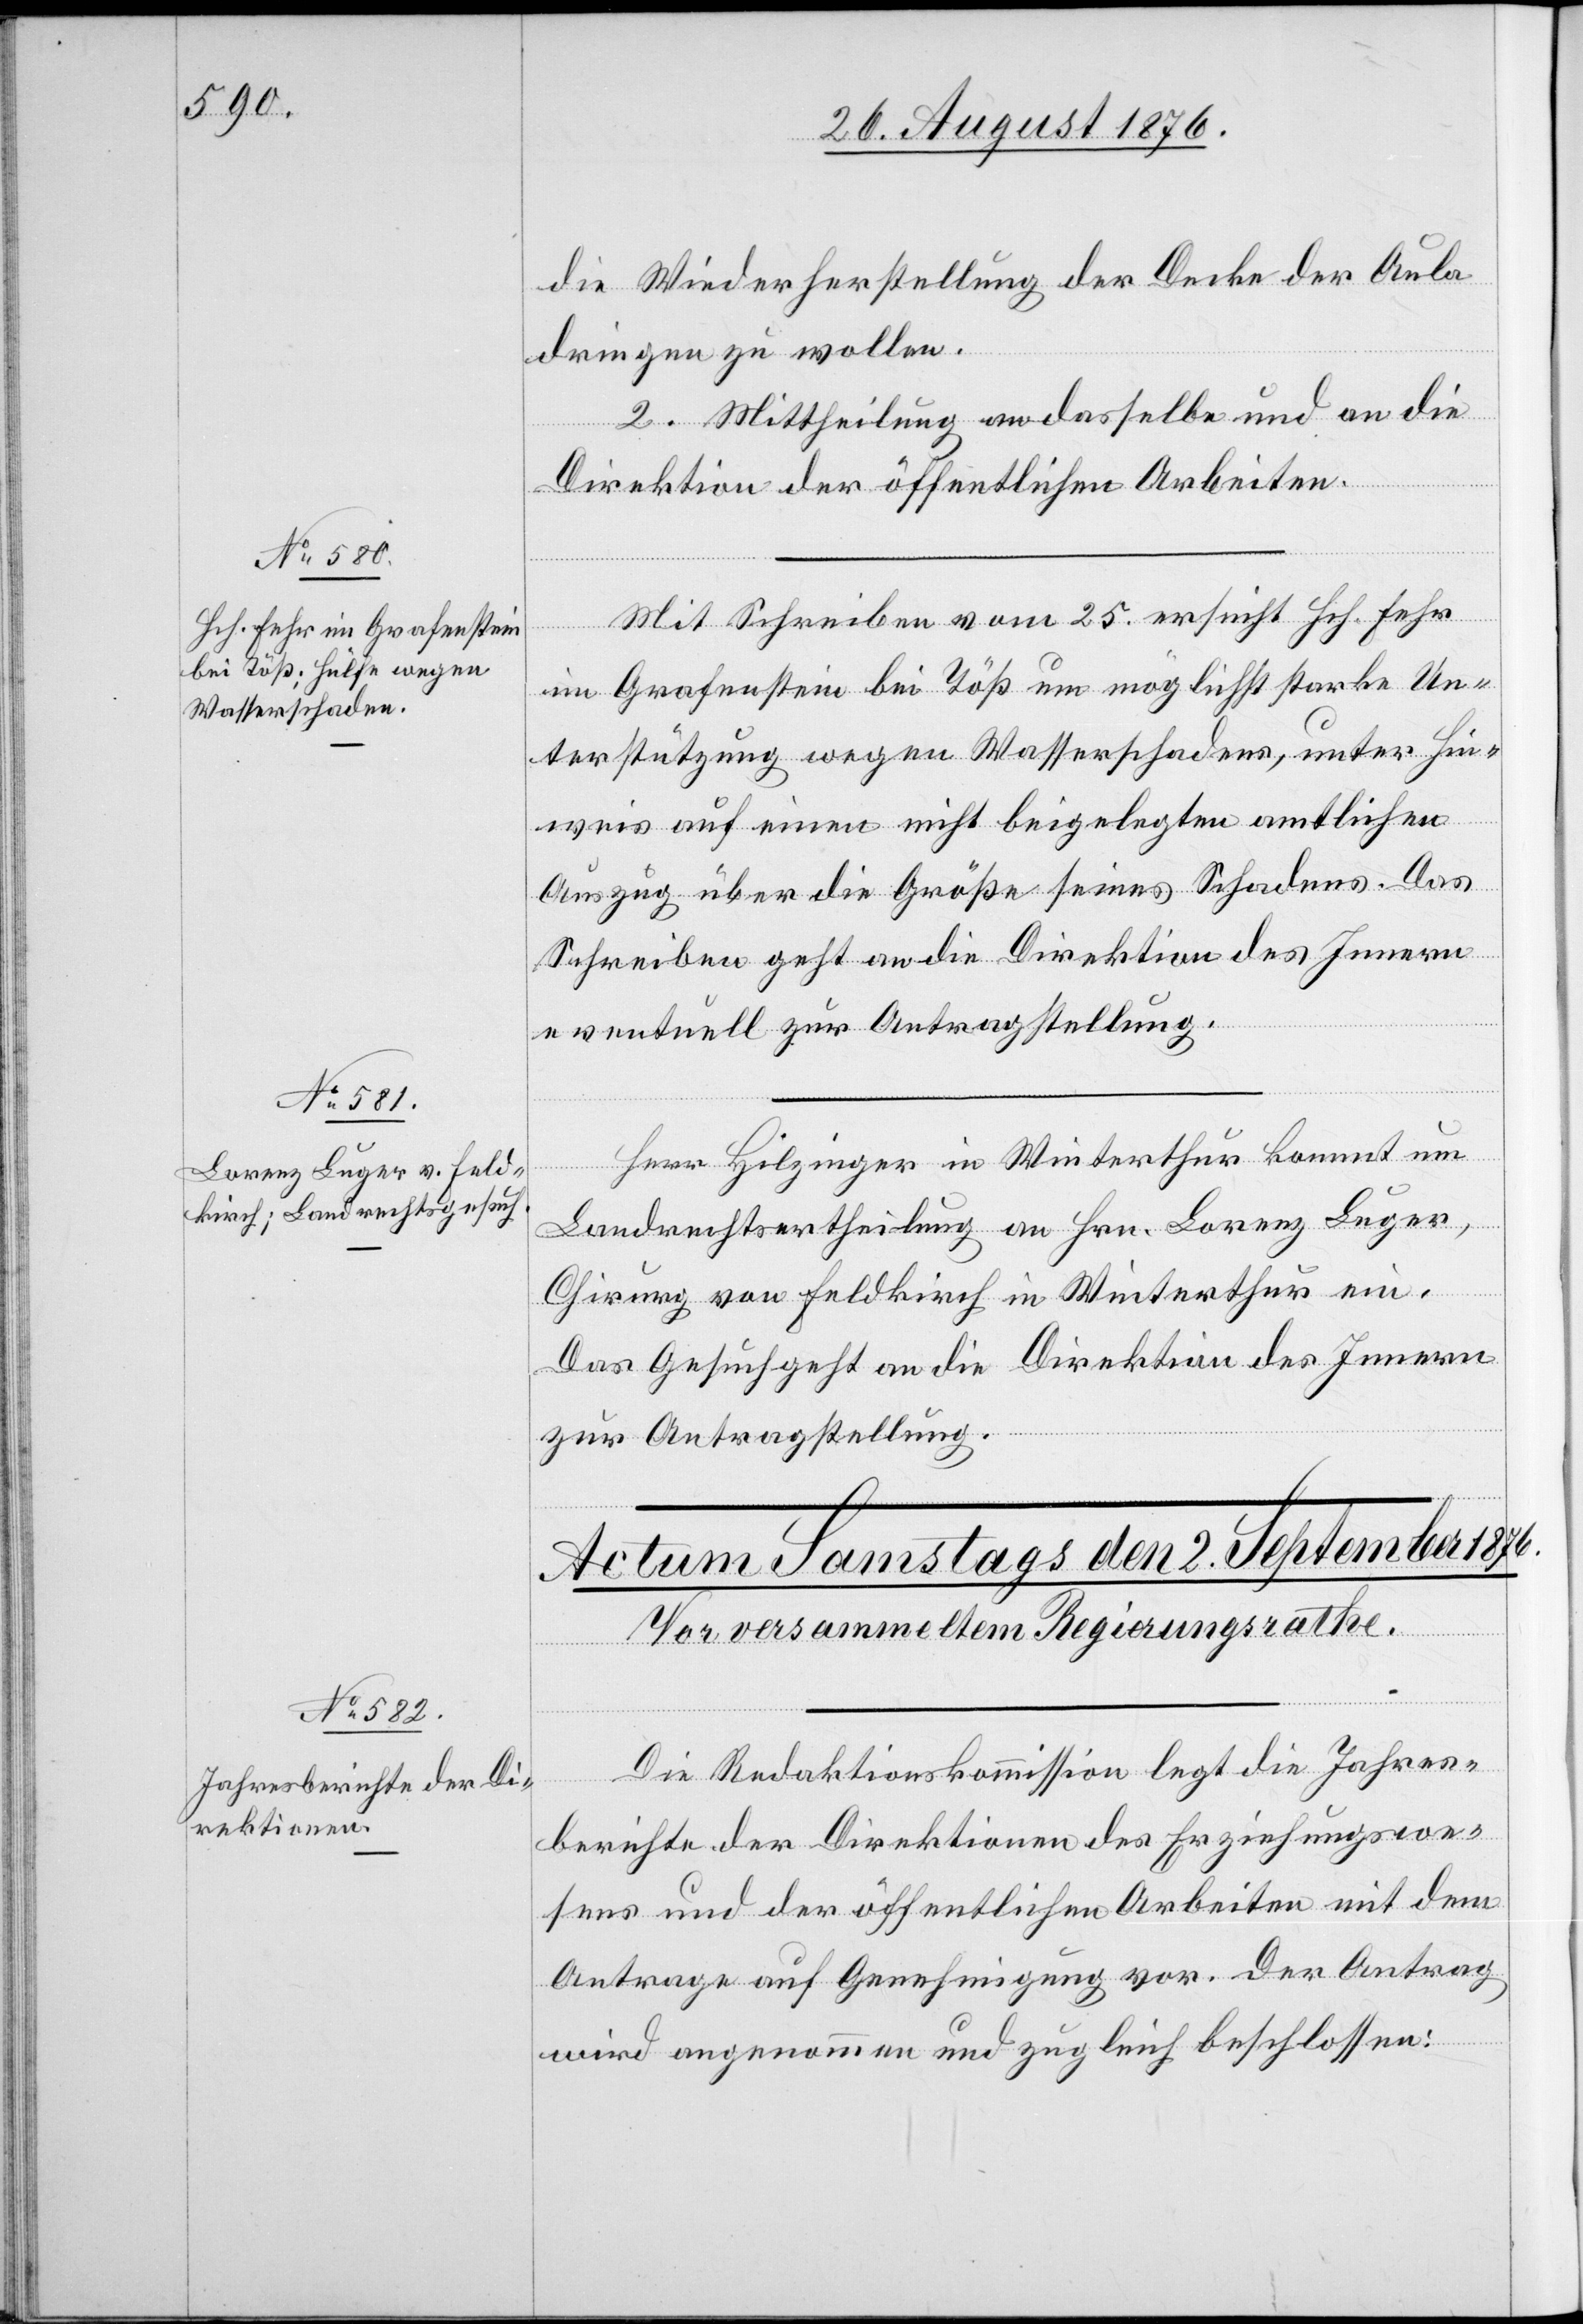
die Wiederherstellung der Decke der Aula
dringen zu wollen.
2. Mittheilung an dasselbe und an die
Direktion der öffentlichen Arbeiten.
Mit Schreiben vom 25. ersucht Hch. Fehr
im Grafenstein bei Töß um möglichst starke Un¬
terstützung wegen Wasserschadens, unter Hin¬
weis auf einen nicht beigelegten amtlichen
Auszug über die Größe seines Schadens. Das
Schreiben geht an die Direktion des Innern
eventuell zur Antragstellung.
Herr Hilzinger in Winterthur kommt um
Landrechtsertheilung an Hrn. Lorenz Luger,
Chirurg von Feldkirch in Winterthur ein.
Das Gesuch geht an die Direktion des Innern
zur Antragstellung.
Die Redaktionskommission legt die Jahres¬
berichte der Direktionen des Erziehungswe¬
sens und der öffentlichen Arbeiten mit dem
Antrage auf Genehmigung vor. Der Antrag
wird angenommen und zugleich beschlossen: